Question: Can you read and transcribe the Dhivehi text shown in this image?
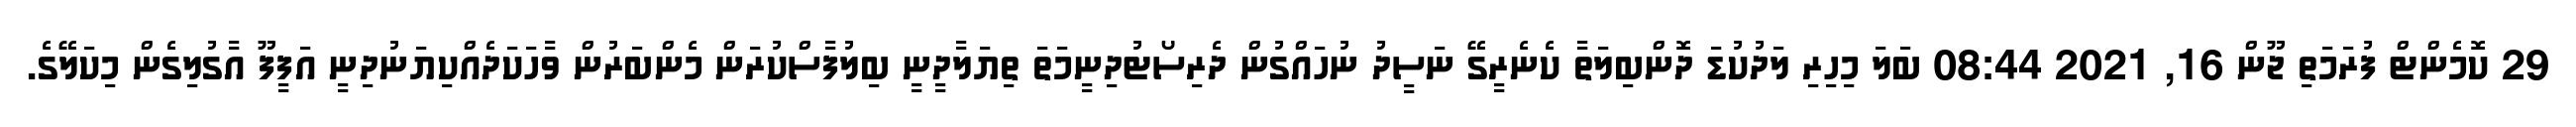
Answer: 29 ކޮމެންޓް ފުރަމަތި ޖޫން 16, 2021 08:44 ބަލަ މިހިރި ލަދުކުޑަ ދޮންބިލަތާ ކެނެރީގޭ ނަސީދު ނުހައްގުން ދެރިސޯޓުދިނީމަތަ ތިޔަލާދީނީ ބިލުފާސްކުރަން މެންބަރުން ވާހަކަދެއްކިޔަނުދިނީ އަފީފޫ އާގުލިގެން މިކަލޭގެ.